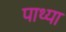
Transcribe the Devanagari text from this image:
पाथ्या